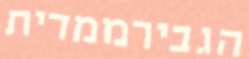
הגבירממדית